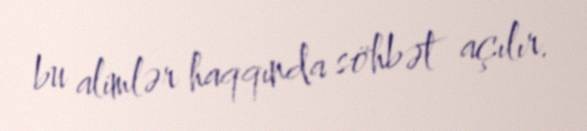
bu alimlər haqqında söhbət açılır.